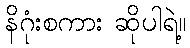
နိဂုံးစကား ဆိုပါရဲ့။